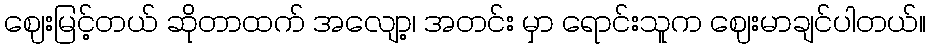
ဈေးမြင့်တယ် ဆိုတာထက် အလျော့၊ အတင်း မှာ ရောင်းသူက ဈေးမာချင်ပါတယ်။